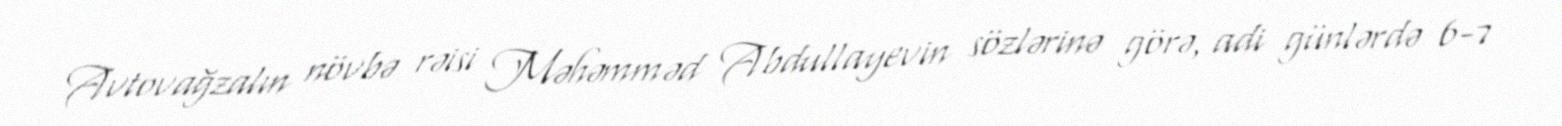
Avtovağzalın növbə rəisi Məhəmməd Abdullayevin sözlərinə görə, adi günlərdə 6-7